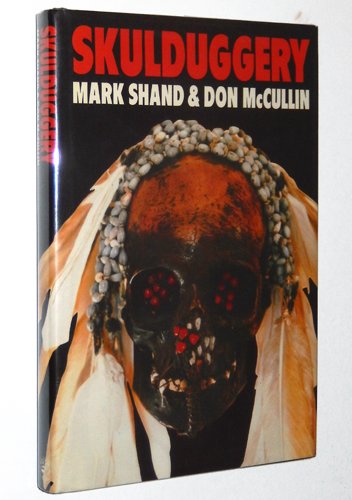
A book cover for Skulduggery; Mark Shand; Travel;